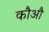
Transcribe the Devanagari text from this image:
कौऔ